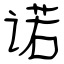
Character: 诺